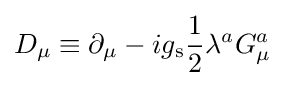
D_{\mu }\equiv \partial _{\mu }-ig_{\text{s}}{\frac {1}{2}}\lambda ^{a}G_{\mu }^{a}